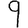
Digit: 9